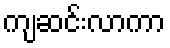
ကျဆင်းလာကာ